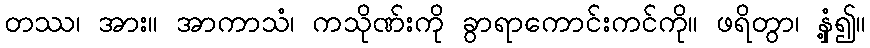
တဿ၊ အား။ အာကာသံ၊ ကသိုဏ်းကို ခွာရာကောင်းကင်ကို။ ဖရိတွာ၊ နှံ့၍။